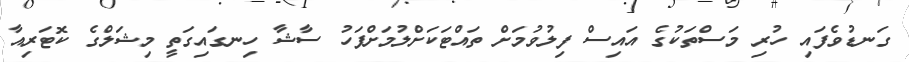
ގަނޑުވެފައި ހުރި މަސްތަކުގެ އައިސް ފިލުވުމަށް ތައްޓަކަށްލުމަށްފަހު ސާޝާ ހިނގައިގަތީ މިޝަލްގެ ކޮޓަރިއާ